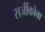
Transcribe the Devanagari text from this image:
सजींकोवा